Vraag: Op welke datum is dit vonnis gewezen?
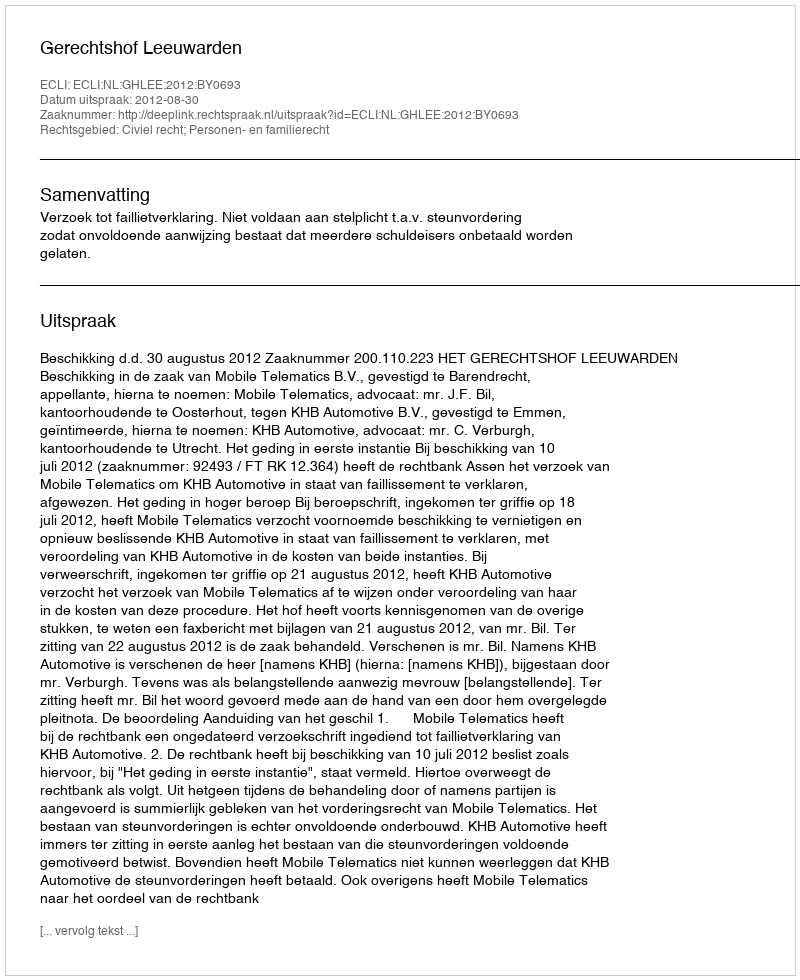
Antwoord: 2012-08-30